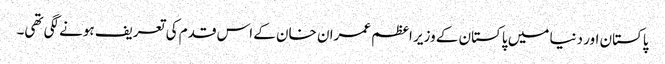
پاکستان اور دنیا میں پاکستان کے وزیر اعظم عمران خان کے اس قدم کی تعریف ہونے لگی تھی۔